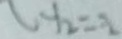
y _ { 2 } = 3